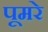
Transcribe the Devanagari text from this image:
पूमरे